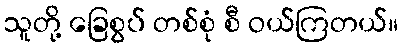
သူတို့ ခြေစွပ် တစ်စုံ စီ ဝယ်ကြတယ်။